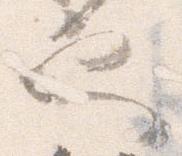
也